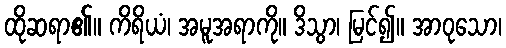
ထိုဆရာ၏။ ကိရိယံ၊ အမူအရာကို။ ဒိသွာ၊ မြင်၍။ အာဝုသော၊